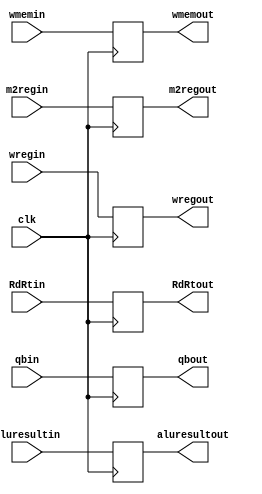
//////////////////////////////////////////////////////////////////////////////////
//										
// EXE/MEM register module								
// 										
//////////////////////////////////////////////////////////////////////////////////

module EXEMEMRegister(
	input clk, wregin, m2regin, wmemin,
	input [4:0] RdRtin,
	input [31:0] qbin, aluresultin,
	output reg wregout, m2regout, wmemout,
	output reg [4:0] RdRtout,
	output reg [31:0] aluresultout, qbout
	);

always @ (posedge clk) begin
	wregout = wregin;
	m2regout = m2regin;
	wmemout = wmemin;
	RdRtout = RdRtin;
	aluresultout = aluresultin;
	qbout = qbin;
end

endmodule